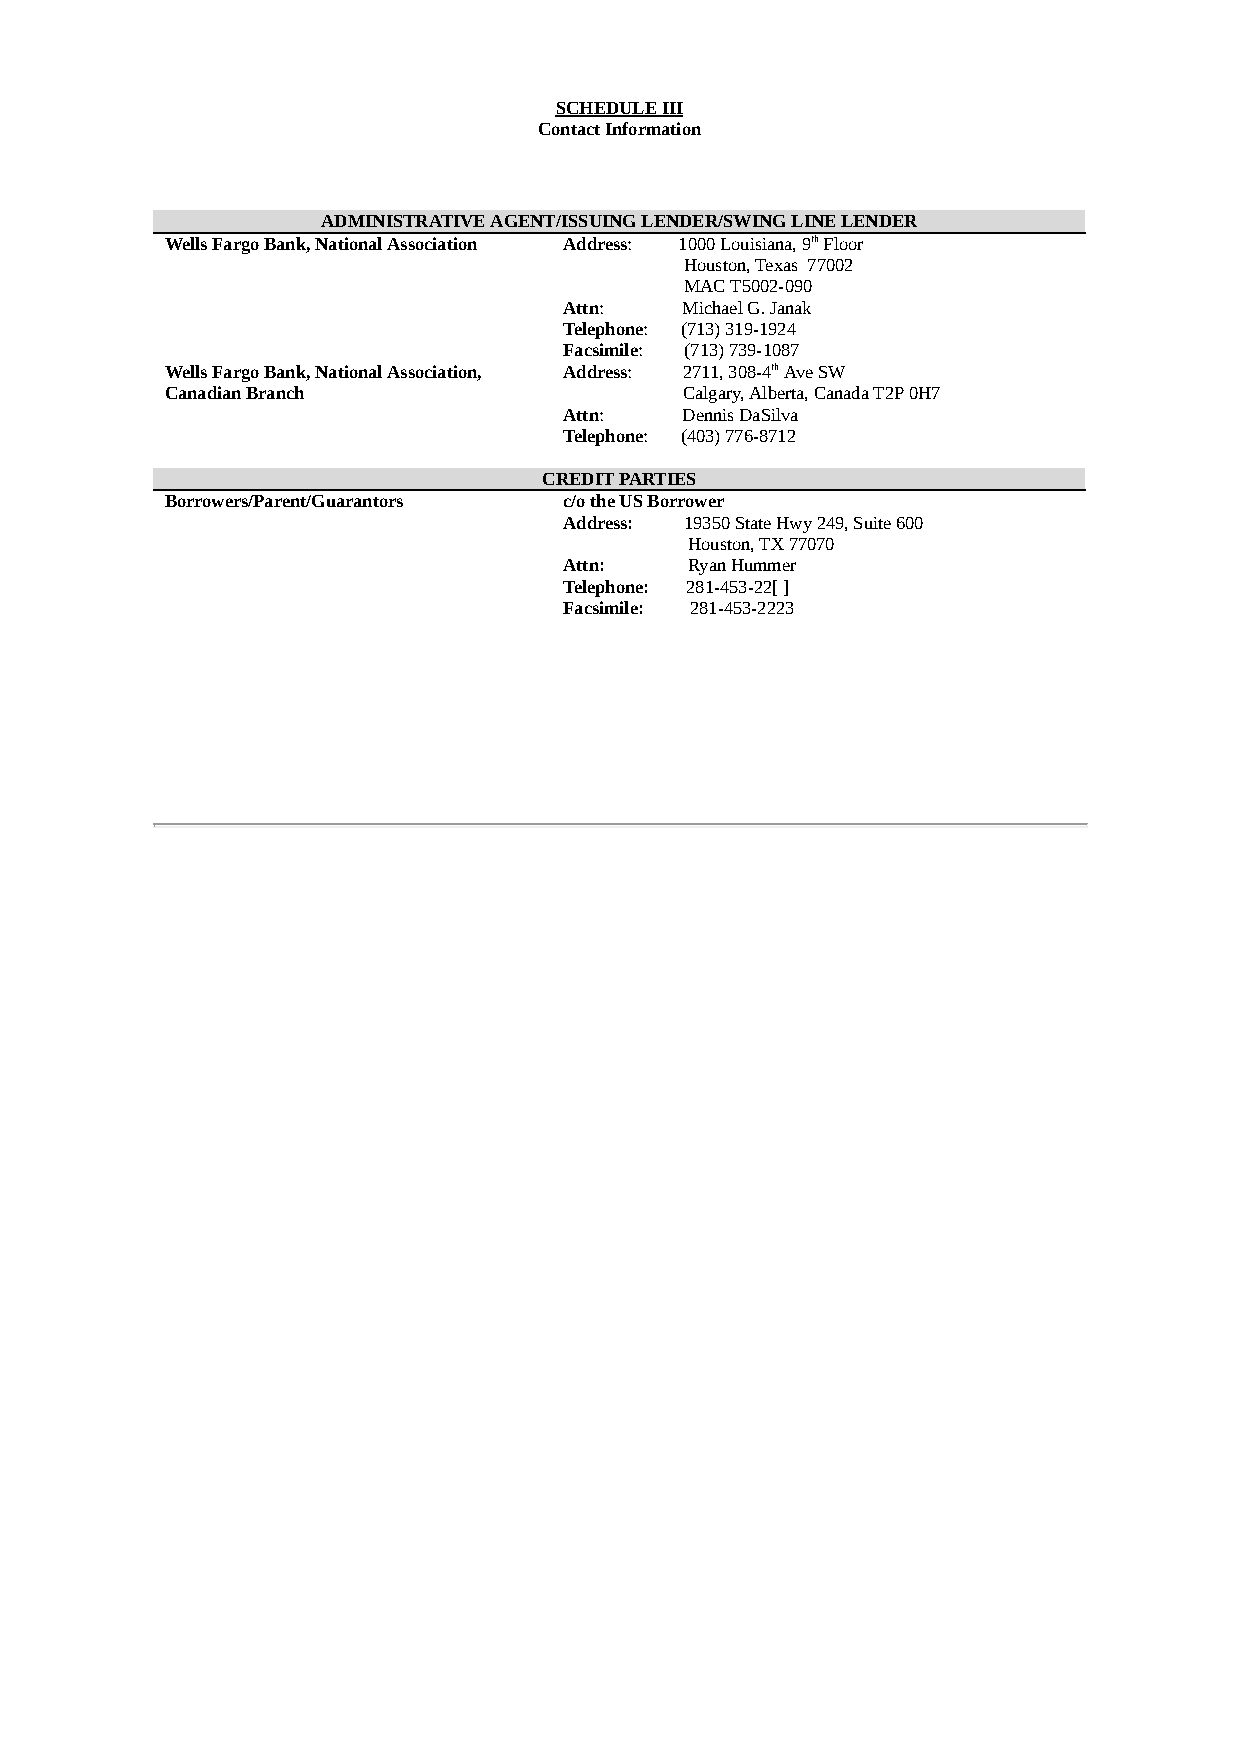
SCHEDULE III
 Contact Information
 ADMINISTRATIVE AGENT/ISSUING LENDER/SWING LINE LENDER
 Wells Fargo Bank, National Association Address: 1000 Louisiana, 9th Floor
 Houston, Texas 77002
 MAC T5002-090
 Attn:   Michael G. Janak
 Telephone: (713) 319-1924
 Facsimile: (713) 739-1087
 Wells Fargo Bank, National Association, Address: 2711, 308-4th Ave SW
 Canadian Branch                   Calgary, Alberta, Canada T2P 0H7
 Attn:   Dennis DaSilva
 Telephone: (403) 776-8712
 CREDIT PARTIES
 Borrowers/Parent/Guarantors c/o the US Borrower
 Address: 19350 State Hwy 249, Suite 600
 Houston, TX 77070
 Attn:    Ryan Hummer
 Telephone: 281-453-22[ ]
 Facsimile: 281-453-2223